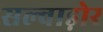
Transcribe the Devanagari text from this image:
सल्वाड़ोर